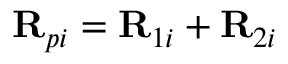
\begin{array} { r } { \mathbf { R } _ { p i } = \mathbf { R } _ { 1 i } + \mathbf { R } _ { 2 i } \; } \end{array}